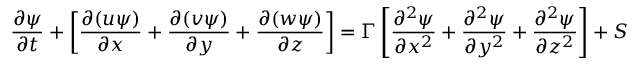
\frac { \partial \psi } { \partial t } + \left[ \frac { \partial ( u \psi ) } { \partial x } + \frac { \partial ( v \psi ) } { \partial y } + \frac { \partial ( w \psi ) } { \partial z } \right] = \Gamma \left[ \frac { \partial ^ { 2 } \psi } { \partial x ^ { 2 } } + \frac { \partial ^ { 2 } \psi } { \partial y ^ { 2 } } + \frac { \partial ^ { 2 } \psi } { \partial z ^ { 2 } } \right] + S